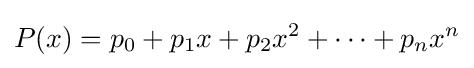
P(x)=p_{0}+p_{1}x+p_{2}x^{2}+\cdots +p_{n}x^{n}